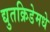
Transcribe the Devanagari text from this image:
द्युतक्रिडेमधे